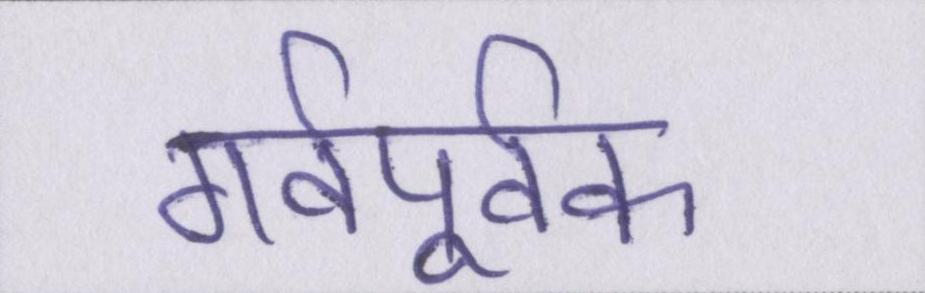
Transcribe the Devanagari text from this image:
गर्वपूर्वक